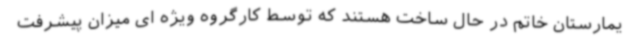
یمارستان خاتم در حال ساخت هستند که توسط کارگروه ویژه ای میزان پیشرفت